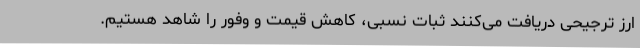
ارز ترجیحی دریافت می‌کنند ثبات نسبی، کاهش قیمت و وفور را شاهد هستیم.